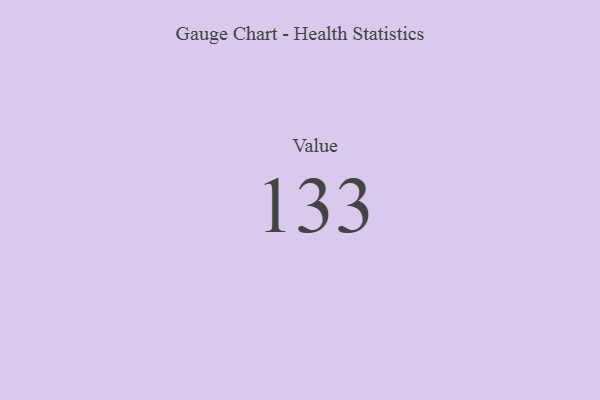
{"axis": {"x": "Metric", "y": "Value"}, "legend": [""], "data": [{"x": "Value", "y": 133, "type": ""}]}